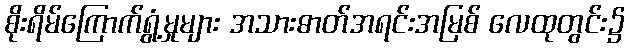
စိုးရိမ်ကြောက်ရွံ့မှုများ အသားဓာတ်အရင်းအမြစ် လေထုတွင်း၌